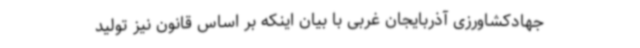
جهادکشاورزی آذربایجان غربی با بیان اینکه بر اساس قانون نیز تولید